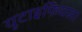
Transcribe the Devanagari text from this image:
यूटाइफियस।